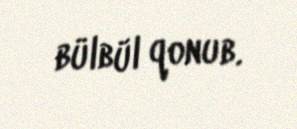
bülbül qonub.